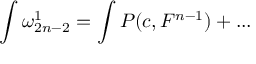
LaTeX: \int \omega _ { 2 n - 2 } ^ { 1 } = \int P ( c , F ^ { n - 1 } ) + . . .